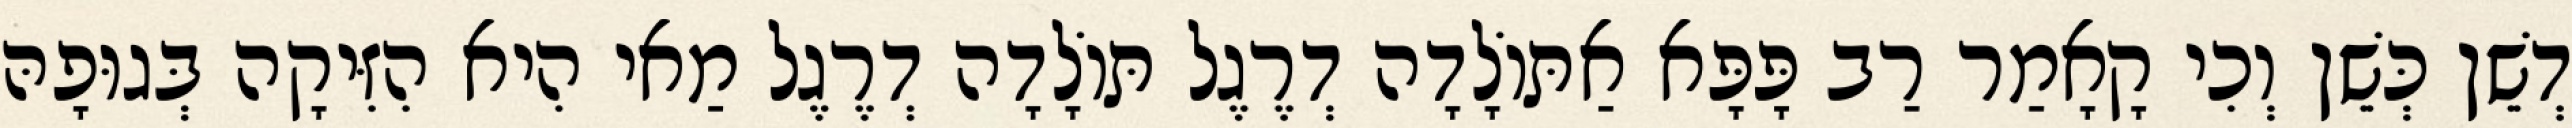
דְשֵׁן כְּשֵׁן וְכִי קָאָמַר רַב פָּפָּא אַתּוֹלָדָה דְרֶגֶל תּוֹלָדָה דְרֶגֶל מַאי הִיא הִזִּיקָה בְּגוּפָהּ